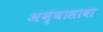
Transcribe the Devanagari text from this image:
अभ्यासावा